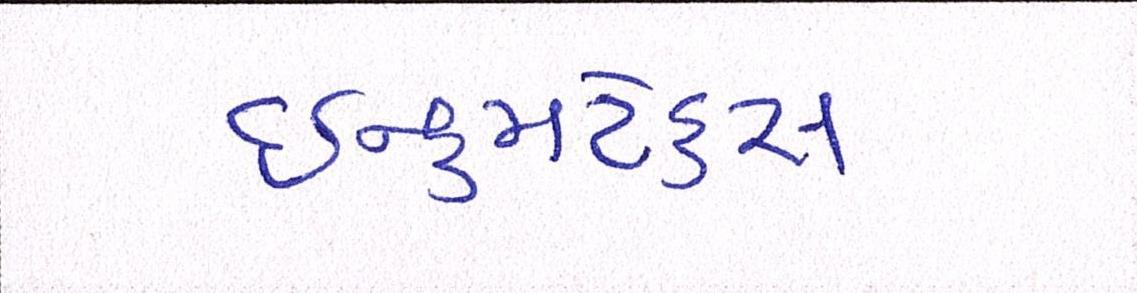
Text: ઈન્કમટેક્સ